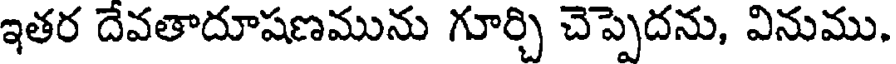
ఇతర దేవతాదూషణమును గూర్చి చెప్పెదను, వినుము.